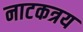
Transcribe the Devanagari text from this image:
नाटकत्रय